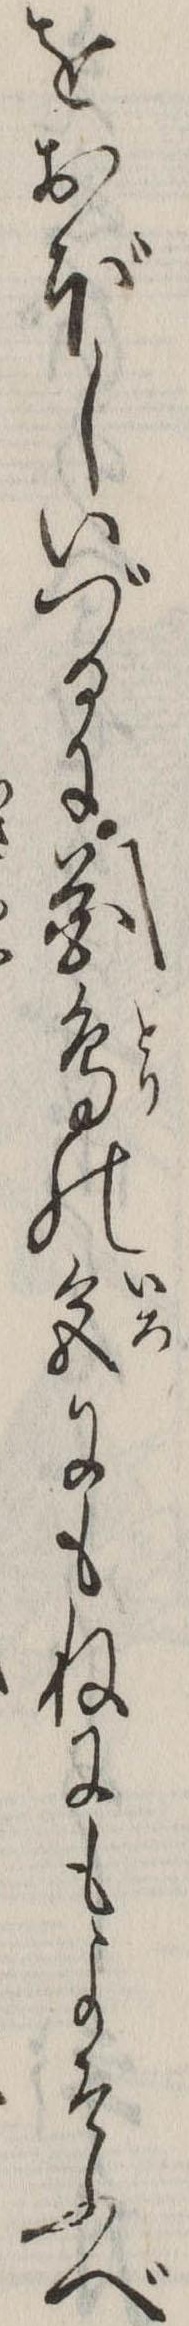
をおぼしいづるに花鳥の色にもねにもよそふべ